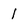
Character: 1